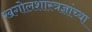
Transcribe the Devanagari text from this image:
खगोलशास्त्रज्ञांच्या